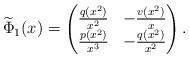
LaTeX: \begin{align*}\widetilde{\Phi}_{1}(x) = \begin{pmatrix}\frac{q(x^{2})}{x^{2}} & -\frac{v(x^{2})}{x} \\ \frac{p(x^{2})}{x^{3}} & -\frac{q(x^{2})}{x^{2}}\end{pmatrix}.\end{align*}